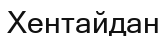
Хентайдан